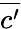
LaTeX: \overline{{c^{\prime}}}